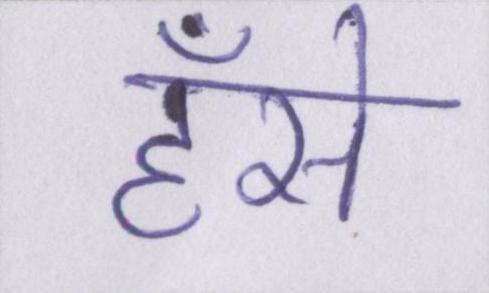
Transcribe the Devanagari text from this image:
हँसे